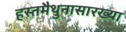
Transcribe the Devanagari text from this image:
हस्तमैथुनासारख्या